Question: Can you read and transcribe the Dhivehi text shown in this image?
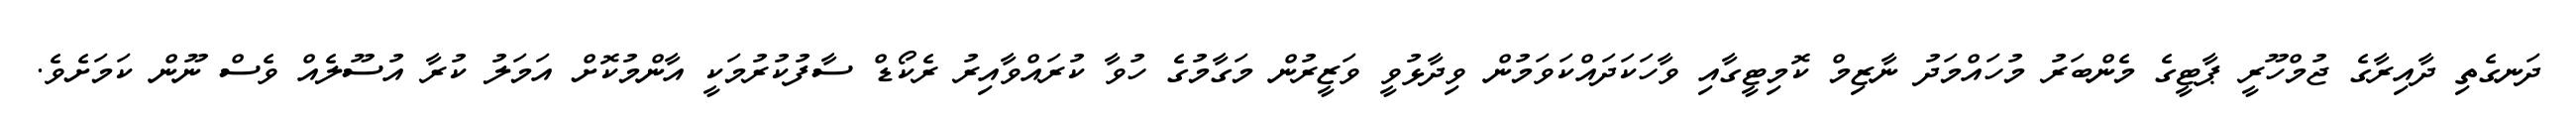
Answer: ދަނގެތި ދާއިރާގެ ޖުމްހޫރީ ޕާޓީގެ މެންބަރު މުހައްމަދު ނާޒިމް ކޮމިޓީގާއި ވާހަކަދައްކަވަމުން ވިދާޅުވީ ވަޒީރުން މަގާމުގެ ހުވާ ކުރައްވާއިރު ރެކޯޑް ސާފުކުރުމަކީ އާންމުކޮށް އަމަލު ކުރާ އުސޫލެއް ވެސް ނޫން ކަމަށެވެ.